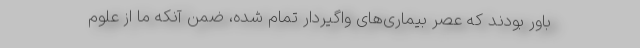
باور بودند که عصر بیماری‌های واگیردار تمام شده، ضمن آنکه ما از علوم